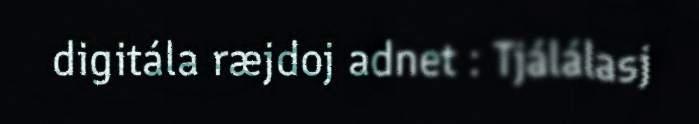
digitála ræjdoj adnet : Tjálálasj